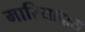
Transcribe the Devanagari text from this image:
मारियादास